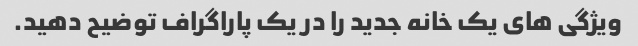
ویژگی های یک خانه جدید را در یک پاراگراف توضیح دهید.